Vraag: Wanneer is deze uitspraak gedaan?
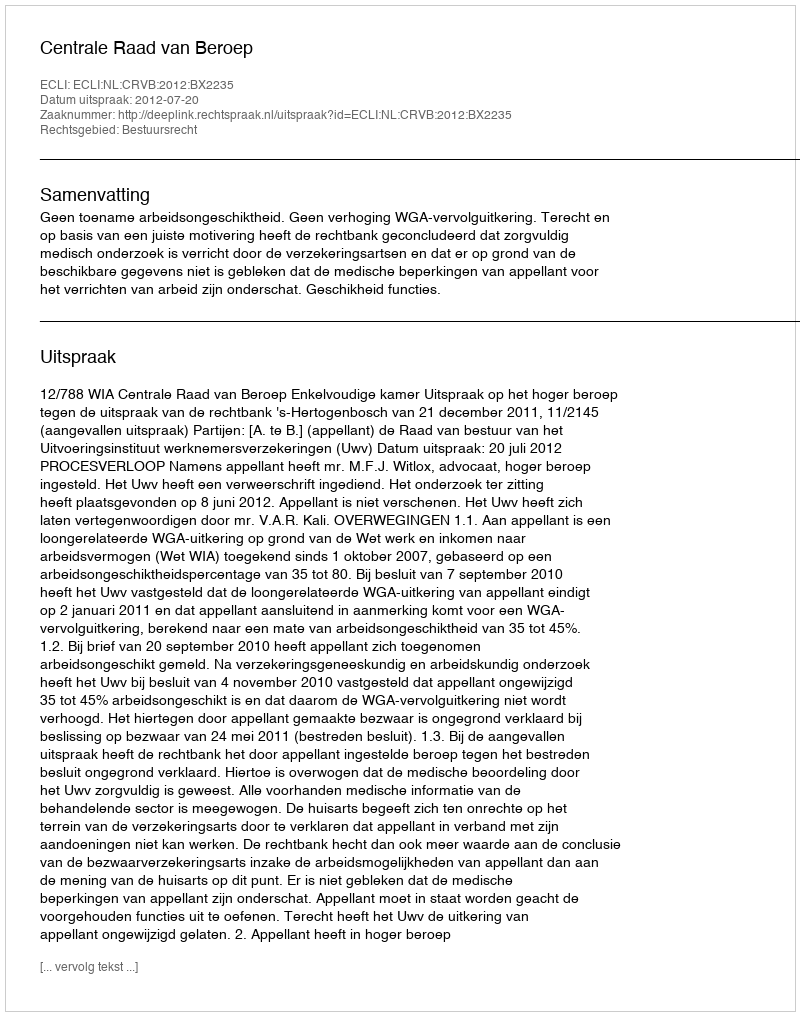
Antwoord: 2012-07-20